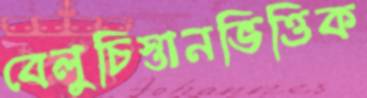
বেলুচিস্তানভিত্তিক